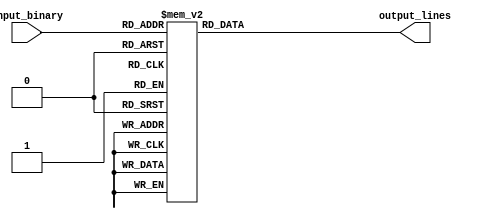
module decoder_3to8 (
    input [2:0] input_binary,
    output reg [7:0] output_lines
);

always @(*)
begin
    case(input_binary)
        3'b000: output_lines = 8'b00000001;
        3'b001: output_lines = 8'b00000010;
        3'b010: output_lines = 8'b00000100;
        3'b011: output_lines = 8'b00001000;
        3'b100: output_lines = 8'b00010000;
        3'b101: output_lines = 8'b00100000;
        3'b110: output_lines = 8'b01000000;
        3'b111: output_lines = 8'b10000000;
    endcase
end

endmodule